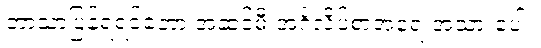
ဘာသာပြန်ရရင်တော့ အဆင့်မီ အင်္ဂလိပ်စာအရေးအသားပေါ့။